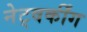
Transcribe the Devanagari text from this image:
नेट्वर्कींग